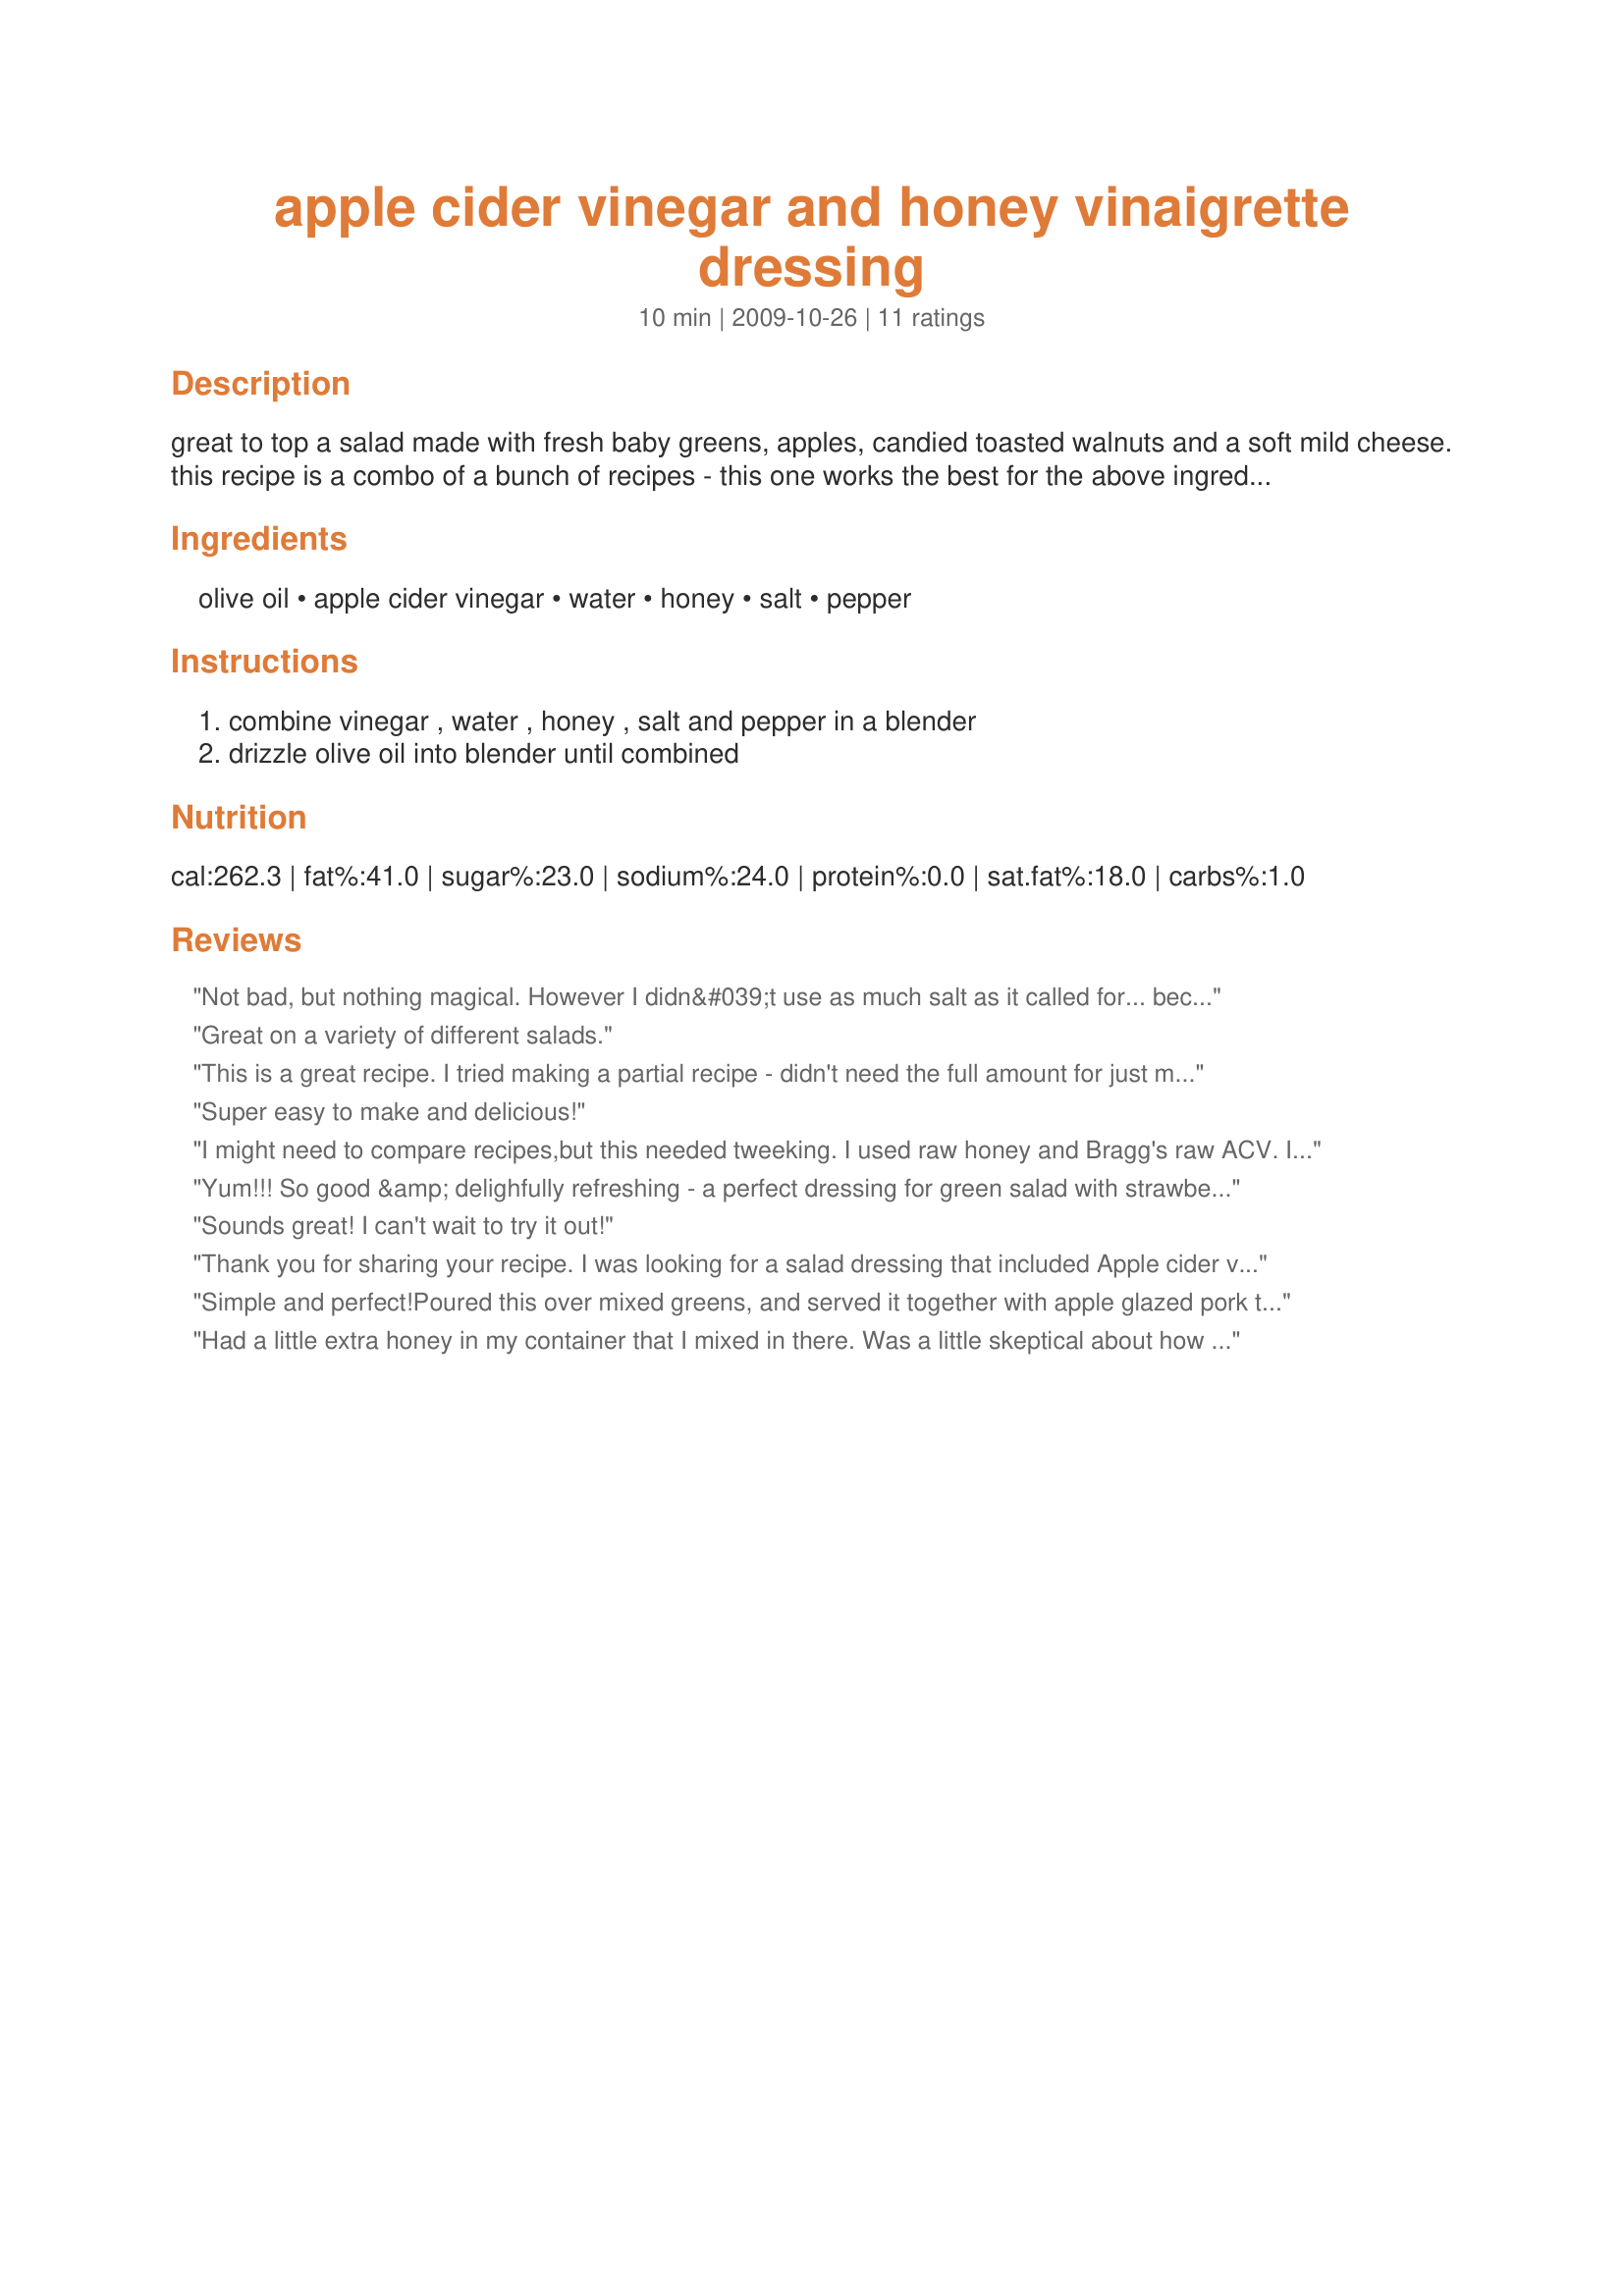
apple cider vinegar and honey vinaigrette dressing
Preparation time: 10 minutes

great to top a salad made with fresh baby greens, apples, candied toasted walnuts and a soft mild cheese. this recipe is a combo of a bunch of recipes - this one works the best for the above ingredients for my taste. i use unfiltered apple cider vinegar and fresh honey from the bee keeper from the farmers market but you can use any cider vinegar and honey that you have on hand.

Ingredients:
olive oil, apple cider vinegar, water, honey, salt, pepper

Steps:
combine vinegar , water , honey , salt and pepper in a blender, drizzle olive oil into blender until combined

Reviews:
Not bad, but nothing magical. However I didn&#039;t use as much salt as it called for... because I thought that was a lot of salt for one cup of salad dressing. Since I was using fresh ground sea salt, I thought I could get away with that... Maybe the flavors will have grown a bit tomorrow.
Great on a variety of different salads.
This is a great recipe. I tried making a partial recipe - didn't need the full amount for just my wife and I - so we tweaked just a little. Still, spot on. We really enjoyed a salad at a local restaurant and afterward wanted to recreate it at home. Did a little research and found that it was indeed apple cider honey vinaigrette dressing on the restaurant's salad. We tried this recipe and it really scratched the itch. <br/><br/>The restaurant's salad also included spring lettuce, romaine, cranberries, smoked pepper bacon, sunflower seeds, figs and boursin cheese. I'm not a huge salad guy, but even after splitting a large with my wife, we were both fighting to get the last portion.<br/><br/>This is a great recipe to try some time. Tangy, sweet, but not overpowering. Sneaks up on you. Not a usual salad flavor, but one you'll appreciate adding to your "palette."
Super easy to make and delicious!
I might need to compare recipes,but this needed tweeking. I used raw honey and Bragg's raw ACV. It was too tart so I added a bit more water, some more Olive oil, then more honey, and finally a bit of brown mustard.
Yum!!! So good &amp; delighfully refreshing - a perfect dressing for green salad with strawberries, blueberries &amp; apples. A favorite from this day forward.
Sounds great! I can't wait to try it out!
Thank you for sharing your recipe. I was looking for a salad dressing that included Apple cider vinegar. The ingredients you used for your salad sounds so amazing. As for my salad , I used grilled chicken strips, tomatoes, and Monterey Jack cheese . DELISH ??HEALTHY
Simple and perfect!<br/>Poured this over mixed greens, and served it together with apple glazed pork tenderloin and fresh baked apple rosemary bread. Perfect combo.
Had a little extra honey in my container that I mixed in there. Was a little skeptical about how much salt and pepper was going in there, but it tastes amazing! Only added a tablespoon to my salad because the apple cider vinegar is such a powerful taste. Came out great
Tastes great, other than the fact that it calls for way too many oil! Next time, I&#039;m gonna try using about half of what it says.
